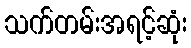
သက်တမ်းအရင့်ဆုံး